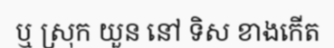
ឬ ស្រុក យួន នៅ ទិស ខាងកើត